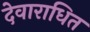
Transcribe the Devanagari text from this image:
देवाराधित